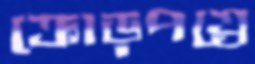
ক্রোড়পত্রে